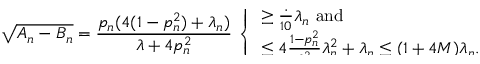
\sqrt { A _ { n } - B _ { n } } = \frac { p _ { n } ( 4 ( 1 - p _ { n } ^ { 2 } ) + \lambda _ { n } ) } { \lambda + 4 p _ { n } ^ { 2 } } \; \smash { \left\{ \begin{array} { l l } { \geq \frac { 1 } { 1 0 } \lambda _ { n } \mathrm { ~ a n d } } \\ { \leq 4 \frac { 1 - p _ { n } ^ { 2 } } { \lambda _ { n } ^ { 2 } } \lambda _ { n } ^ { 2 } + \lambda _ { n } \leq ( 1 + 4 M ) \lambda _ { n } . } \end{array} \right. }